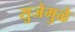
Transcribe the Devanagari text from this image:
सुजेमुळे